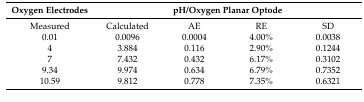
| Oxygen Electrodes | <COLSPAN=4> pH/Oxygen Planar Optode |
 | --- | --- | --- | --- | --- |
 | Measured | Calculated | AE | RE | SD |
 | 0.01 | 0.0096 | 0.0004 | 4.00% | 0.0038 |
 | 4 | 3.884 | 0.116 | 2.90% | 0.1244 |
 | 7 | 7.432 | 0.432 | 6.17% | 0.3102 |
 | 9.34 | 9.974 | 0.634 | 6.79% | 0.7352 |
 | 10.59 | 9.812 | 0.778 | 7.35% | 0.6321 |